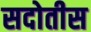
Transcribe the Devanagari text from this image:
सदोतीस